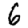
Digit: 6